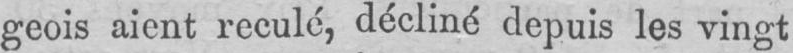
geois aient reculé, décliné depuis les vingt